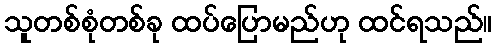
သူတစ်စုံတစ်ခု ထပ်ပြောမည်ဟု ထင်ရသည်။